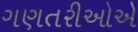
ગણતરીઓએ